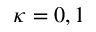
\kappa = 0 , 1